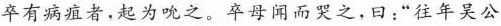
卒有病殖者。起为吮之。卒于闻而哭之，曰：”往年吴公